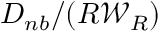
{ D _ { n b } } / ( R { \mathcal { W } } _ { R } )